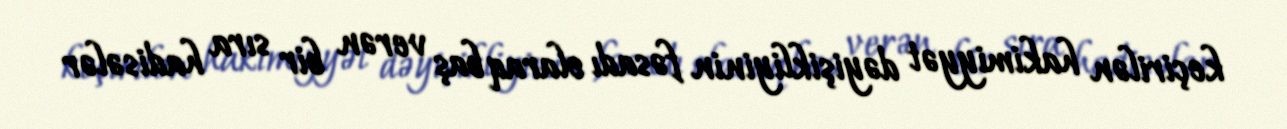
keçirilən hakimiyyət dəyişikliyinin fəsadı olaraq baş verən bir sıra hadisələr